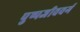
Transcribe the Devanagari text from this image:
पुष्पजीववर्ग